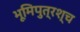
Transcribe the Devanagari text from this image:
भूमिपुत्रश्च